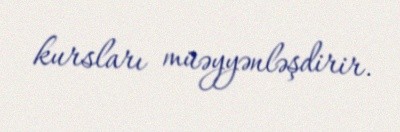
kursları müəyyənləşdirir.